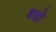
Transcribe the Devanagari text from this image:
श्यो